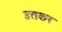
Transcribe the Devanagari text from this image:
उतकर